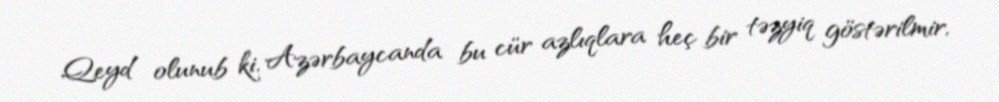
Qeyd olunub ki, Azərbaycanda bu cür azlıqlara heç bir təzyiq göstərilmir,